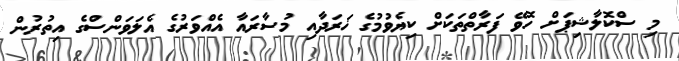
މި ސްކޮލާޝިޕަށް ހޮވޭ ފަރާތްތަކަށް ކިޔެވުމުގެ ޚަރަދާއި މުސާރައާ އެއްވަރުގެ އެލަވަންސްގެ އިތުރުން